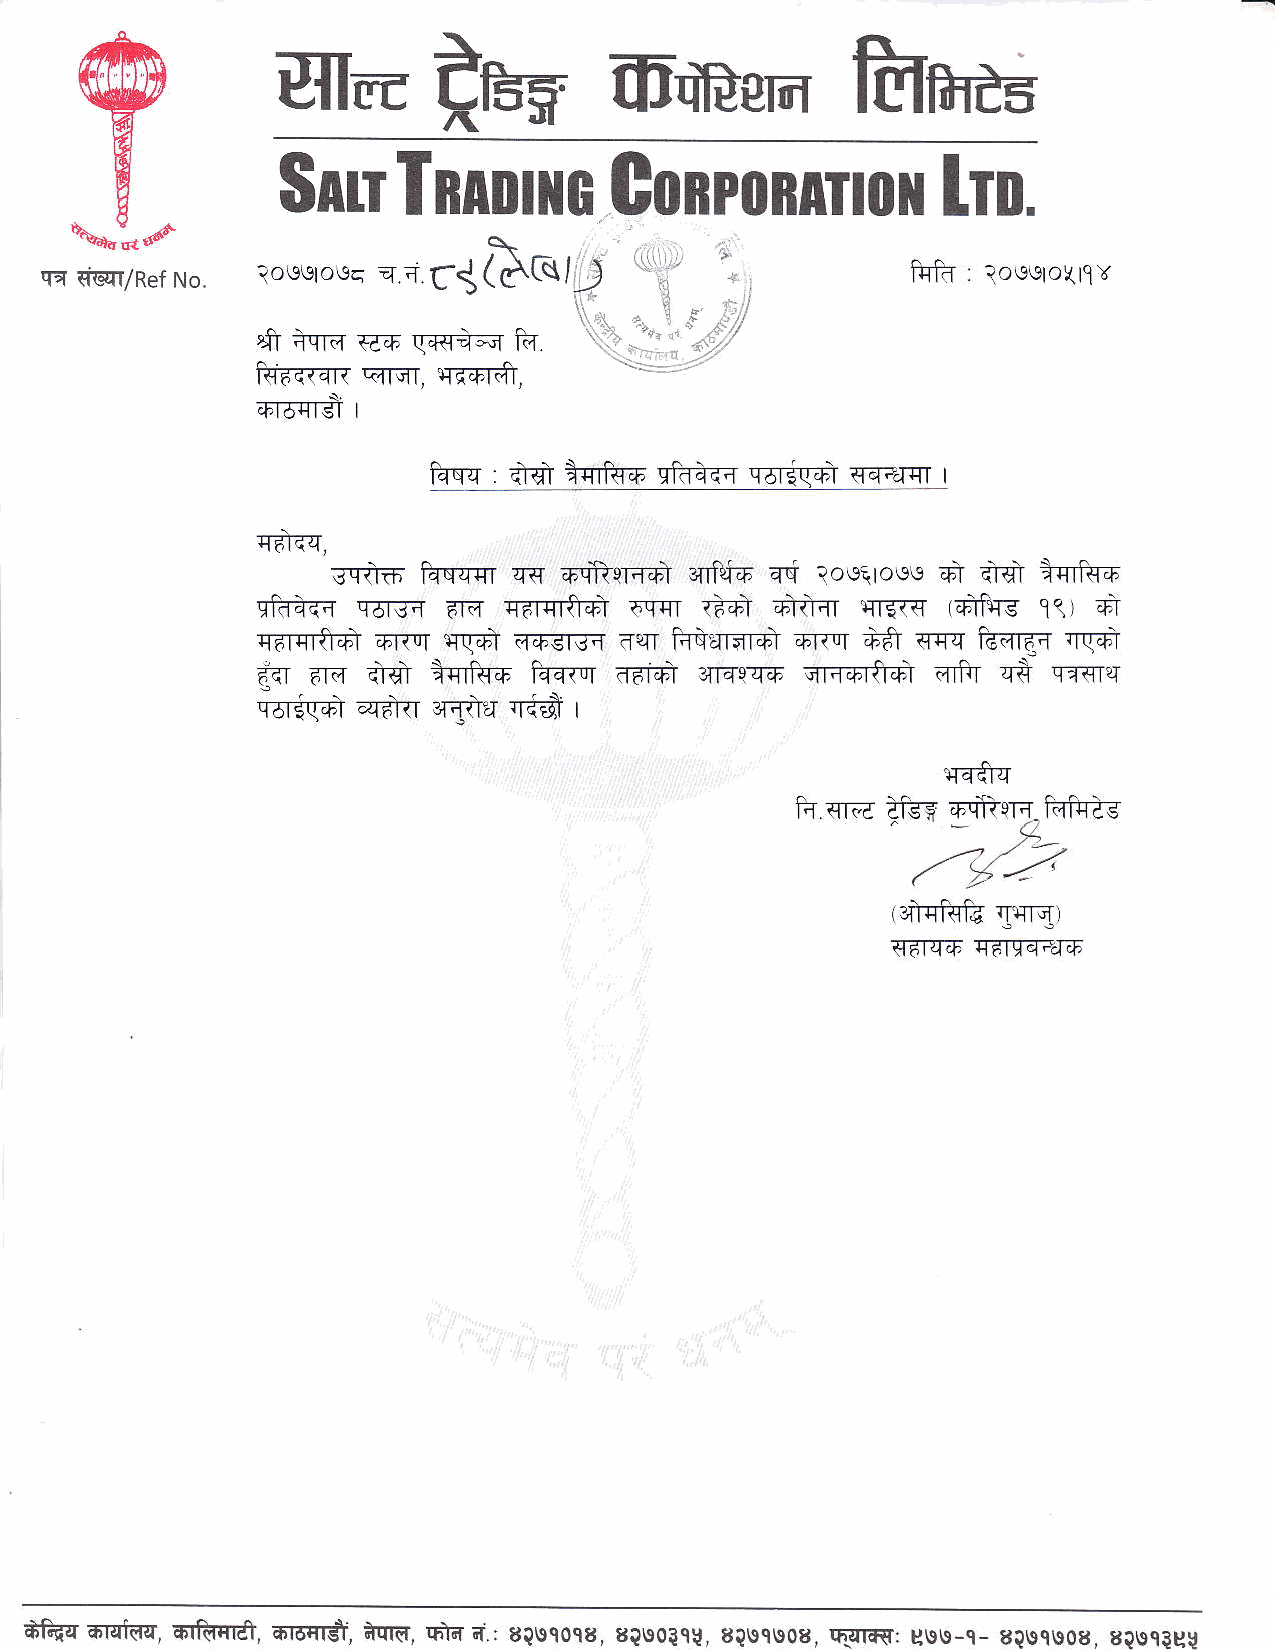
luu
 UIIm                  IF,iEern        fmmc=
 h[.
 Snu    fnnnlto       Gonponnrnil
 C{ d@I/Ref No. .osstosc d a f{(q\=t_$.l )                fu|fr : lo\elelo{l1Y
 ,
 ,Jr :qa .q+ rrflTE h           ,,i
 rrr+rdi,    '''-''"'':-;'
 lfalrar qrc.r,
 +raqt€J
 I
 qtd{{{       {m14
 tqg.1@iqrta+          riq4,r
 Tfr-fl,
 ffi'M{4
 scns  hs-qcr cs +tiiqr+qit 3nfti6 4.i ioelros\e +i
 qm-fi   Ts{  are qarqrffii o.mr {dI afr-ar qS{rq (qilfrs t1r 4r
 {  ffft-.di 6rur qfrdl .rFsF { aqr Rar*ni +rrq *f,r crq fuErq{ ,rf+T
 {<r.ar." +d ffi+  tff{rr rarfi 3{rai.Tfi .qnarird eliT qt sffiiq
 qllrl
 T5Eq4I q6rar     rr4Er
 r
 T{erq
 h q.e iies gfrm1,ki+ie
 ,_-r{-_r
 (frqfufu
 Trr{r
 qaIiIP{6
 t6l-qrE
 AfrT anatd[, 6rM, dr6ndt, iqr€, fttd .: 8Q\e9oq8, 8?\rolc!, sQuqreos, RTtiFI: ursu-c- aQ\ec\eog, BQ\e9igv